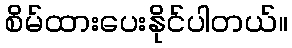
စိမ်ထားပေးနိုင်ပါတယ်။